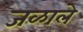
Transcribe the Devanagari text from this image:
जळाले